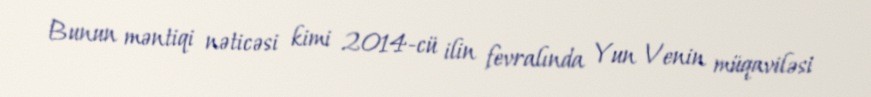
Bunun məntiqi nəticəsi kimi 2014-cü ilin fevralında Yun Venin müqaviləsi